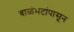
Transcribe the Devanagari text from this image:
बाळंभटांपासून